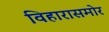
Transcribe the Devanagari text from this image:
विहारासमोर